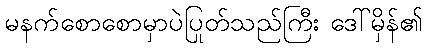
မနက်စောစောမှာပဲပြုတ်သည်ကြီး ဒေါ်မှိန်၏